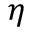
\eta